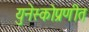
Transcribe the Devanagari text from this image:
युनेस्कोप्रणीत